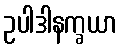
ဥပါဒါနက္ခယာ